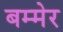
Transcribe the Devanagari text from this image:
बम्मेर